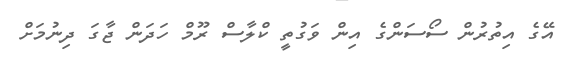
އޭގެ އިތުރުން ސޯސަންގެ އިން ވަގުތީ ކްލާސް ރޫމް ހަދަން ޖާގަ ދިނުމަށް